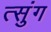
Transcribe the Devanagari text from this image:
त्सुंग